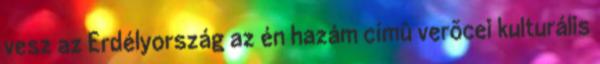
vesz az Erdélyország az én hazám címû verõcei kulturális